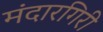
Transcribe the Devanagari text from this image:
मंदारगिरी